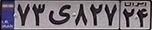
۷۳ی۸۲۷۲۴